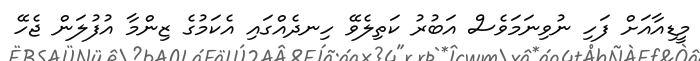
މީޑިއާއަށް ފަހި ނުވިނަމަވެސް އަބުރު ކަތިލެވޭ ހިނދެއްގައި އެކަމުގެ ޒިންމާ އުފުލަން ޖެހޭ